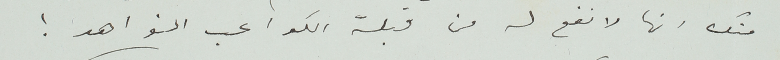
منك انها لانفع له من قبلة الكواعب النواهد!